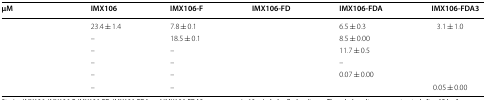
<table><thead><tr><td><b>μM</b></td><td><b>IMX106</b></td><td><b>IMX106-F</b></td><td><b>IMX106-FD</b></td><td><b>IMX106-FDA</b></td><td><b>IMX106-FDA3</b></td></tr></thead><tbody><tr><td>[EMPTY_CELL]</td><td>23.4 ± 1.4</td><td>7.8 ± 0.1</td><td>[EMPTY_CELL]</td><td>6.5 ± 0.3</td><td>3.1 ± 1.0</td></tr><tr><td>[EMPTY_CELL]</td><td>–</td><td>18.5 ± 0.1</td><td>[EMPTY_CELL]</td><td>8.5 ± 0.00</td><td>[EMPTY_CELL]</td></tr><tr><td>[EMPTY_CELL]</td><td>–</td><td>–</td><td>[EMPTY_CELL]</td><td>11.7 ± 0.5</td><td>[EMPTY_CELL]</td></tr><tr><td>[EMPTY_CELL]</td><td>–</td><td>–</td><td>[EMPTY_CELL]</td><td>–</td><td>[EMPTY_CELL]</td></tr><tr><td>[EMPTY_CELL]</td><td>–</td><td>–</td><td>[EMPTY_CELL]</td><td>0.07 ± 0.00</td><td>[EMPTY_CELL]</td></tr><tr><td>[EMPTY_CELL]</td><td>–</td><td>–</td><td>[EMPTY_CELL]</td><td>[EMPTY_CELL]</td><td>0.05 ± 0.00</td></tr></tbody></table>